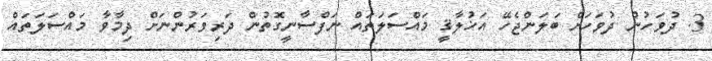
3. ދުވަހުން ދުވަހަށް ބަލަންޖެހޭ އަޚުލާޤީ މައްސަލަތައް ނަފްސާނީގޮތުން ދަރިވަރުންނަށް ދިމާވާ މައްސަލަތައް